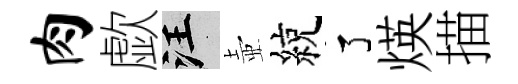
肉歔汪壺綂了煐描